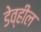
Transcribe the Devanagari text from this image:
डेव्हील